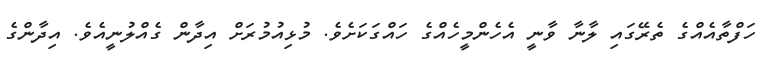
ހަފްތާއެއްގެ ތެރޭގައި ލާނާ ވާނީ އެހެންމީހެއްގެ ހައްގަކަށެވެ. މުޅިއުމުރަށް އިދާން ގެއްލުނީއެވެ. އިދާންގެ